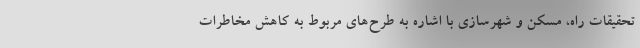
تحقیقات راه، مسکن و شهرسازی با اشاره به طرح‌های مربوط به کاهش مخاطرات